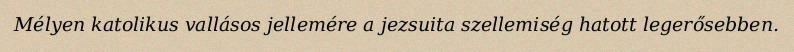
Mélyen katolikus vallásos jellemére a jezsuita szellemiség hatott legerősebben.